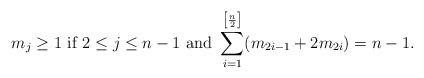
\begin{align*}m_j\geq 1\mbox{ if }2\leq j\leq n-1\mbox{ and }\sum_{i=1}^{\left[\frac{n}{2}\right]}(m_{2i-1}+2m_{2i})=n-1.\end{align*}